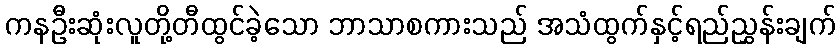
ကနဦးဆုံးလူတို့တီထွင်ခဲ့သော ဘာသာစကားသည် အသံထွက်နှင့်ရည်ညွှန်းချက်